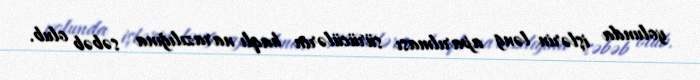
yolunda işlərin ləng aparılması sürücülərin haqlı narazılığına səbəb olub.